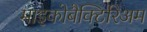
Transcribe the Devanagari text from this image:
माइकोबैक्टिरिअम